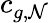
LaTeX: c_{g,\mathcal{N}}